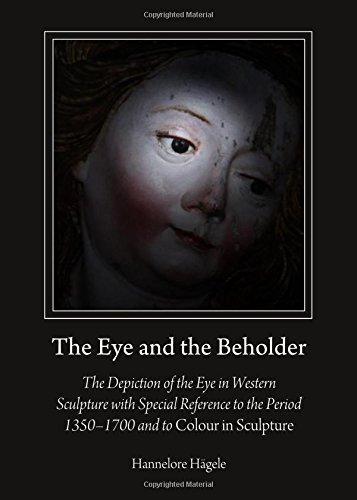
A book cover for The Eye and the Beholder: The Depiction of the Eye in Western Sculpture with Special Reference to the Period 13501700 and to Colour in Sculpture; Hannelore Hagele; Arts & Photography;